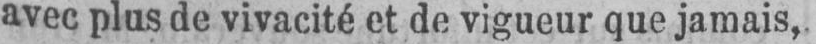
avec plus de vivacité et de vigueur que jamais,